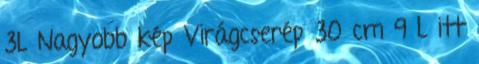
3L Nagyobb kép Virágcserép 30 cm 9 L itt